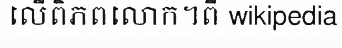
លើពិភពលោក។ពី wikipedia